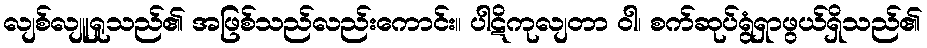
လျစ်လျူရှုသည်၏ အဖြစ်သည်လည်းကောင်း။ ပါဋိကုလျတာ ဝါ၊ စက်ဆုပ်ရွံရှာဖွယ်ရှိသည်၏